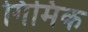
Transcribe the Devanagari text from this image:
गिमिक